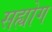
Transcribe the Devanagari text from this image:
सह्योग